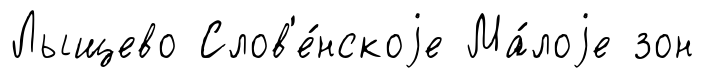
Лыщево Слов'е́нскоjе Ма́лоjе зон